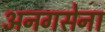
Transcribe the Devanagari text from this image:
अनगसेना